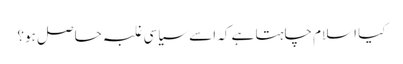
کیا اسلام چاہتا ہے کہ اسے سیاسی غلبہ حاصل ہو؟